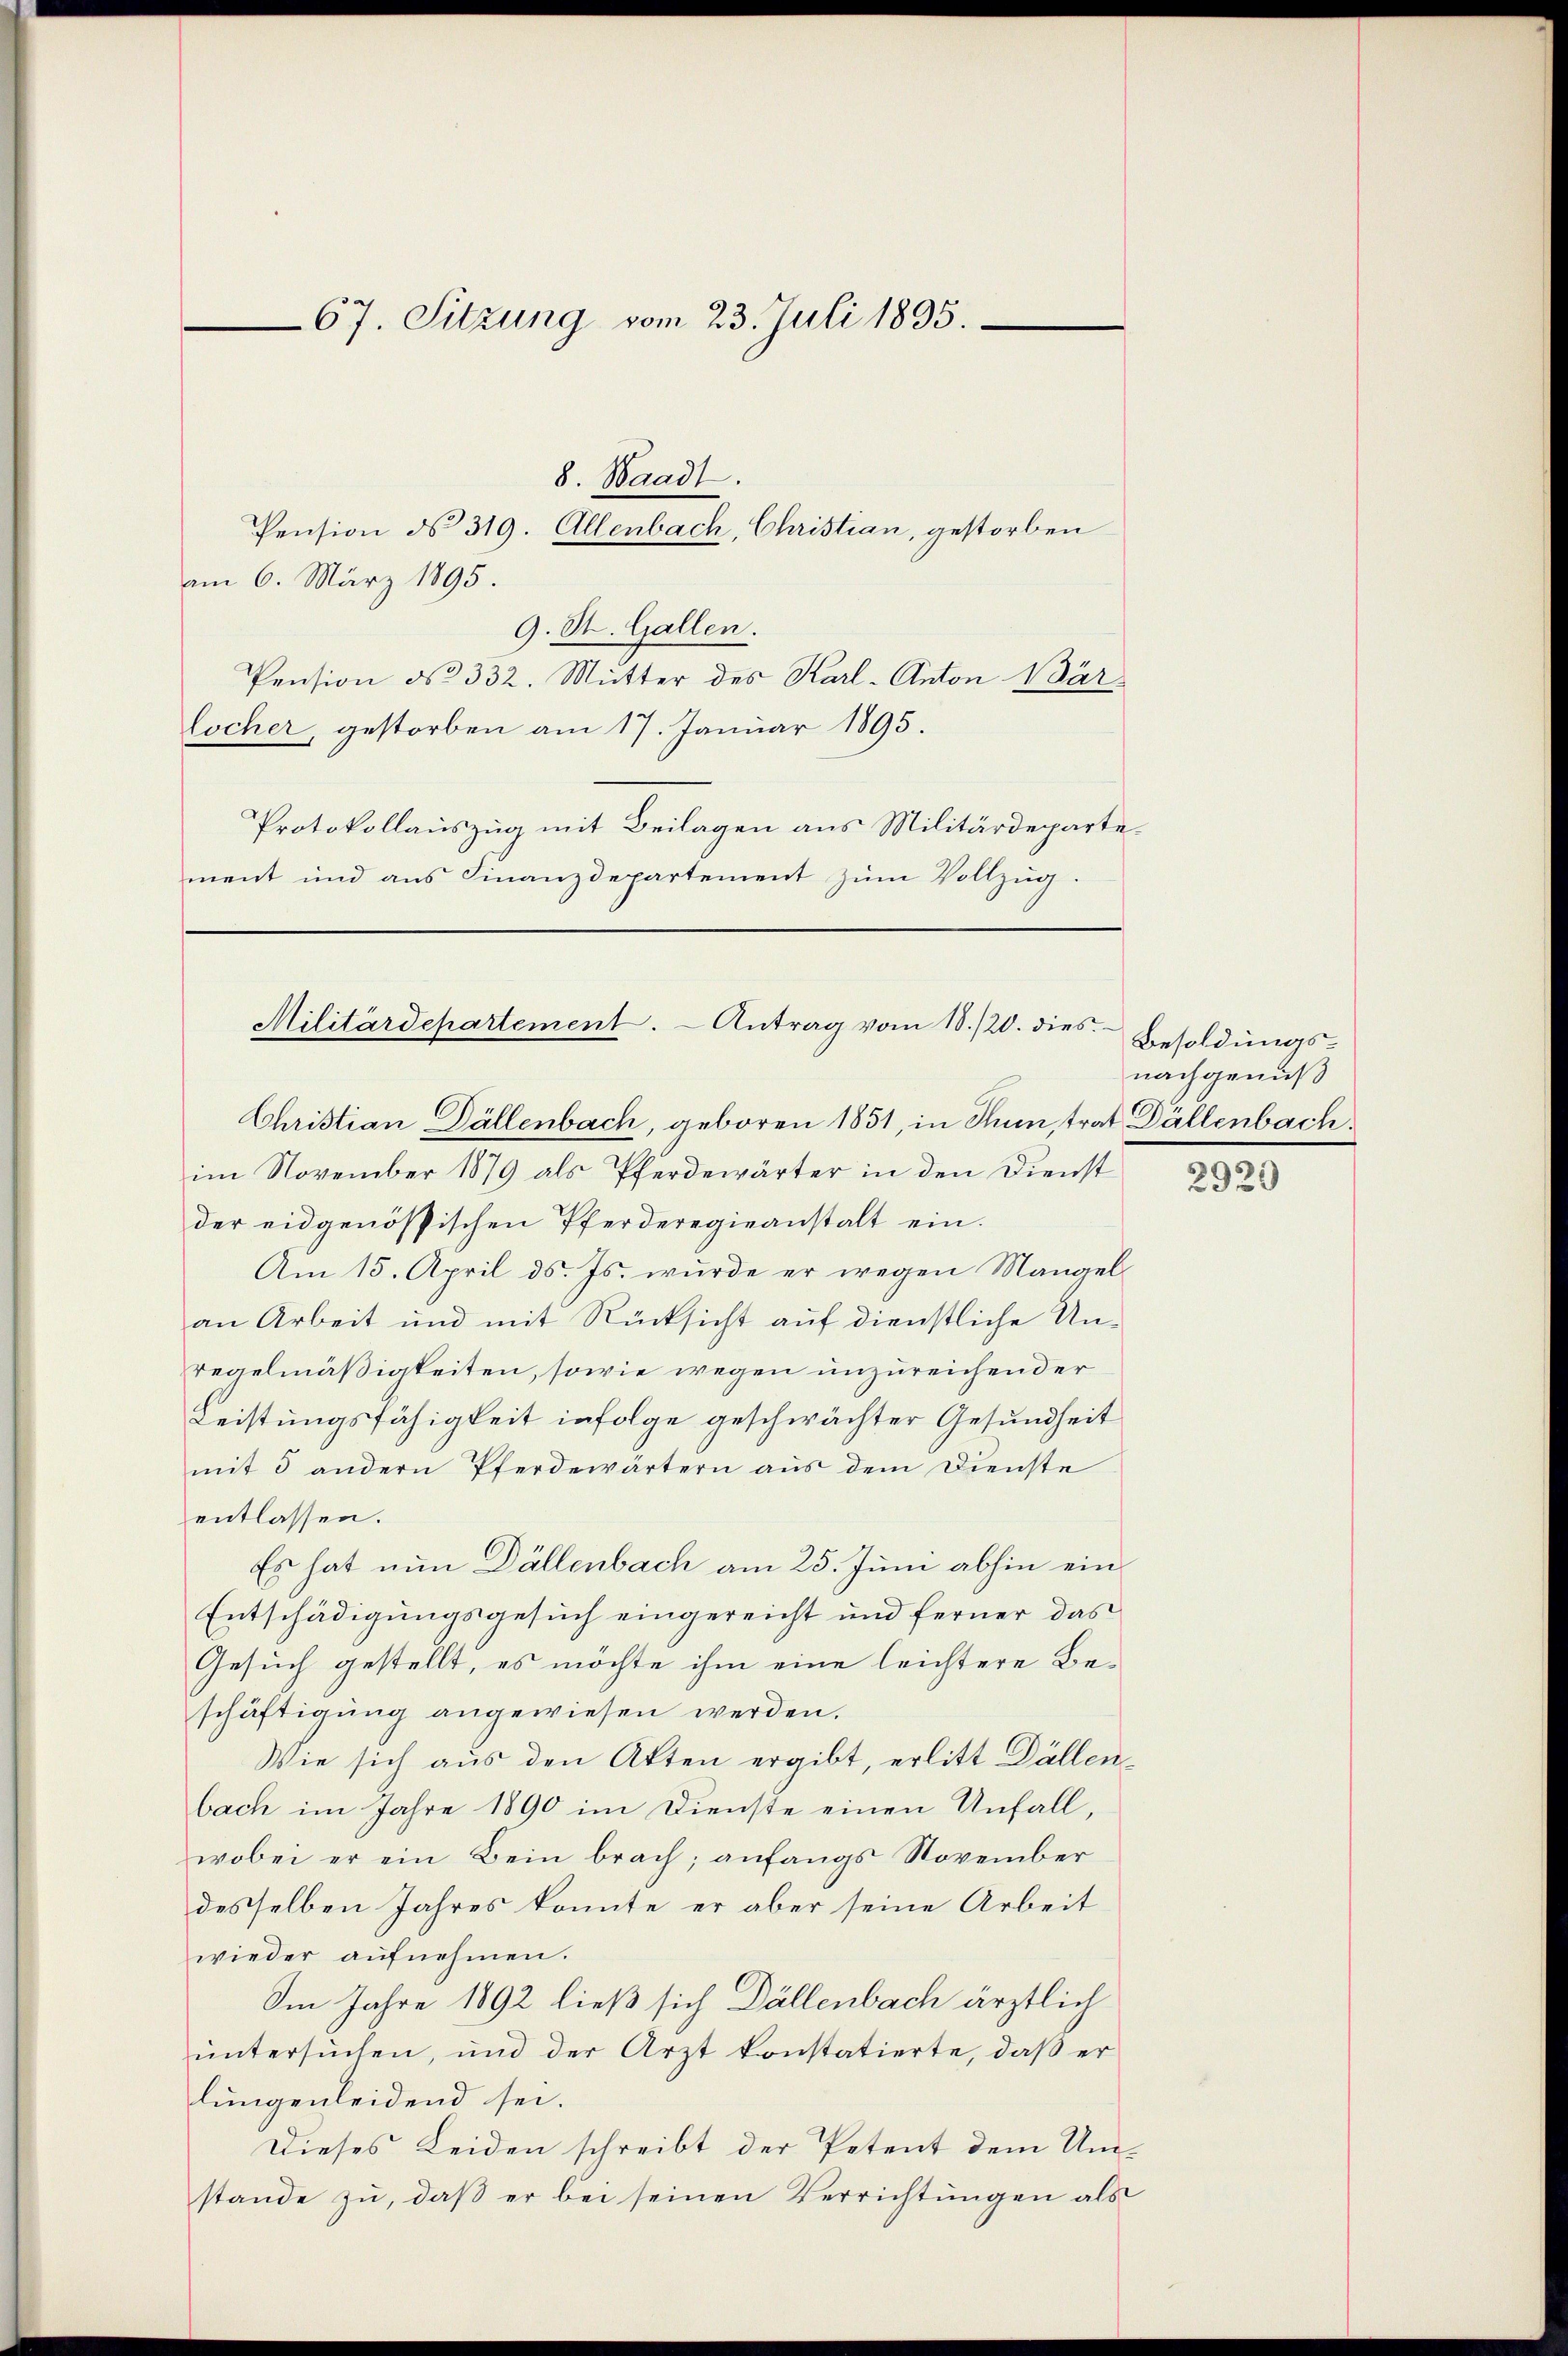
Pension d. 319. Allenbach, Christian, gestorben
am 6. März 1895.
9. St. Gallen.
Pension No 332. Mitter des Karl-Anton Wärlocher, gestorben am 17. Januar 1895.
Protokollauszug mit Beilagen aus Militärdepartement und aus Finanzdepartement zum Vollzug.

67. Sitzung vom 23. Juli 1895.

8. Waadt.

Militärdepartement. - Antrag vom 18./20. dies
Christian Dällenbach, geboren 1851, in Rum, trat Dällenbach.

im November 1879 als Pferdewärter in den Dienst
der eidgenössischen Pferderegieanstalt ein.
Am 15. April d. Js. wurde er wegen Mangel
an Arbeit und mit Rücksicht auf dienstliche Unregelmäßigkeiten, sowie wegen unzureichender
Leistungsfähigkeit infolge geschwächter Gesundheit
mit 5 andern Pferdewärtern aus dem Dienste
entlassen.
Es hat nun Dällenbach am 25. Juni abhin ein
Entschädigungsgesuch eingereicht und ferner das
Gesuch gestellt, es möchte ihm eine leichtere Beschäftigung angewiesen werden.
Wie sich aus den Akten ergibt, erlitt Dällenbach im Jahre 1890 im Dienste einen Unfall,
wobei er ein Bein brach; anfangs November
desselben Jahres konnte er aber seine Arbeit
wieder aufnehmen.
Im Jahre 1892 ließ sich Dällenbach ärztlich
ŭntersŭchen, und der Arzt konstatierte, daβ er
lungenleidend sei.
Dieses Leiden schreibt der Petent dem Umstande zŭ, daβ er bei seinen Verrichtungen als

Besoldungsnachgenuß

2929